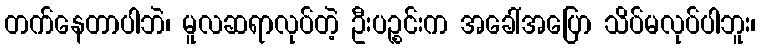
တက်နေတာပါဘဲ၊ မူလဆရာလုပ်တဲ့ ဦးပဉ္စင်းက အခေါ်အပြော သိပ်မလုပ်ပါဘူး၊